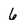
Character: 6